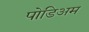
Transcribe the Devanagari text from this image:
पोडिअम